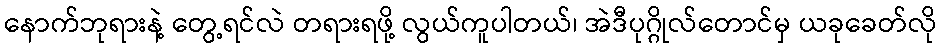
နောက်ဘုရားနဲ့ တွေ့ရင်လဲ တရားရဖို့ လွယ်ကူပါတယ်၊ အဲဒီပုဂ္ဂိုလ်တောင်မှ ယခုခေတ်လို